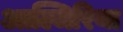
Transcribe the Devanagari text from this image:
आल्जिरिया